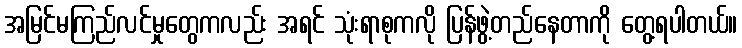
အမြင်မကြည်လင်မှုတွေကလည်း အရင် သုံးရာစုကလို ပြန်ဖွဲ့တည်နေတာကို တွေ့ရပါတယ်။